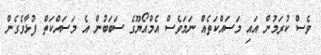
ވެސް ކުރަމުން އައި މަސައްކަތެއް ނަމަވެސް އެމްއޯޔޫގެ ސަބަބުން އެ މަސައްކަތް ފުޅާވެގެން